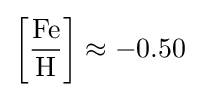
\left[{\frac {\text{Fe}}{\text{H}}}\right]\approx -0.50